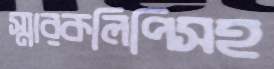
স্মারকলিপিসহ